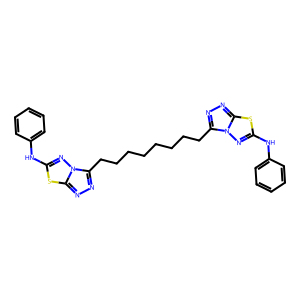
SMILES: c1ccc(Nc2nn3c(CCCCCCCCc4nnc5sc(Nc6ccccc6)nn45)nnc3s2)cc1
Inhibits HIV replication: No